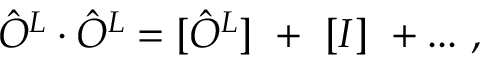
\hat { O } ^ { L } \cdot \hat { O } ^ { L } = [ \hat { O } ^ { L } ] ~ + ~ [ I ] ~ + . . . ~ ,